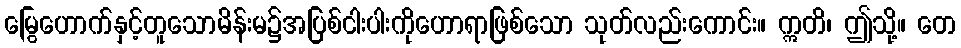
မြွေဟောက်နှင့်တူသောမိန်းမ၌အပြစ်ငါးပါးကိုဟောရာဖြစ်သော သုတ်လည်းကောင်း။ ဣတိ၊ ဤသို့။ တေ